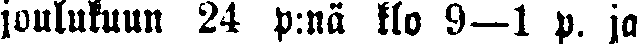
joulukuun 24 p:nä klo 9—l p. ja